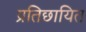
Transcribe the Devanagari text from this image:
प्रतिछायित